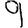
Digit: 9